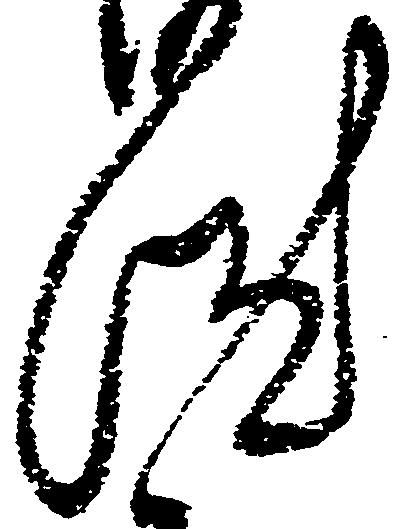
汰